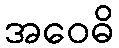
အဝေဓိ